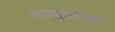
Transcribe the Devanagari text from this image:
वास्तवतंत्र